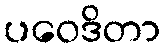
ပဝေဒိတာ